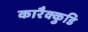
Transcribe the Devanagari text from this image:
कारैक्कुडि